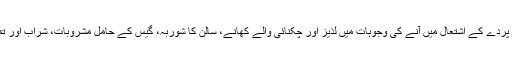
تحقیق کے مطابق اس پردے کے اشتعال میں آنے کی وجوہات میں لذیز اور چکنائی والے کھانے، سالن کا شوربہ، گیس کے حامل مشروبات، شراب اور تمباکو نوشی شامل ہیں۔